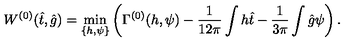
W ^ { ( 0 ) } ( \hat { t } , \hat { g } ) = \min _ { \{ h , \psi \} } \left( \Gamma ^ { ( 0 ) } ( h , \psi ) - \frac { 1 } { 1 2 \pi } \int h \hat { t } - \frac { 1 } { 3 \pi } \int \hat { g } \psi \right) .